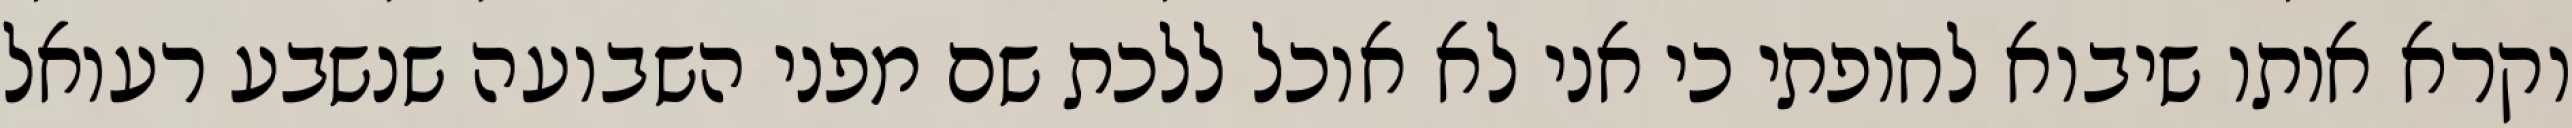
וקרא אותו שיבוא לחופתי כי אני לא אוכל ללכת שם מפני השבועה שנשבע רעואל